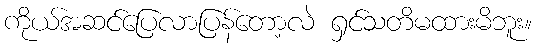
ကိုယ်အဆင်ပြေလာပြန်တော့လဲ ရှင်သတိမထားမိဘူး။